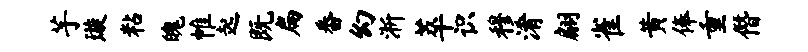
芋璇粘魄帷起既扁番幻淅萃识穆淆翩雀黄俸重僭